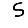
Digit: 5